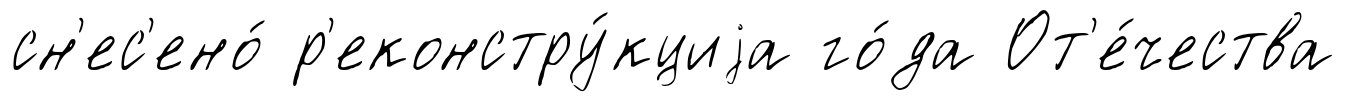
сн'ес'ено́ р'еконстру́кциjа го́да От'е́чества